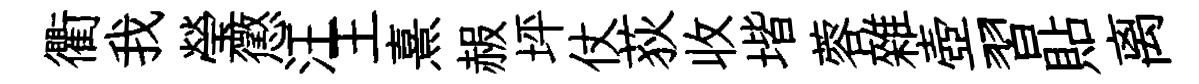
衢我瑩懲汪王熹赧坪仗荻收堦蓉雜壺習貼离